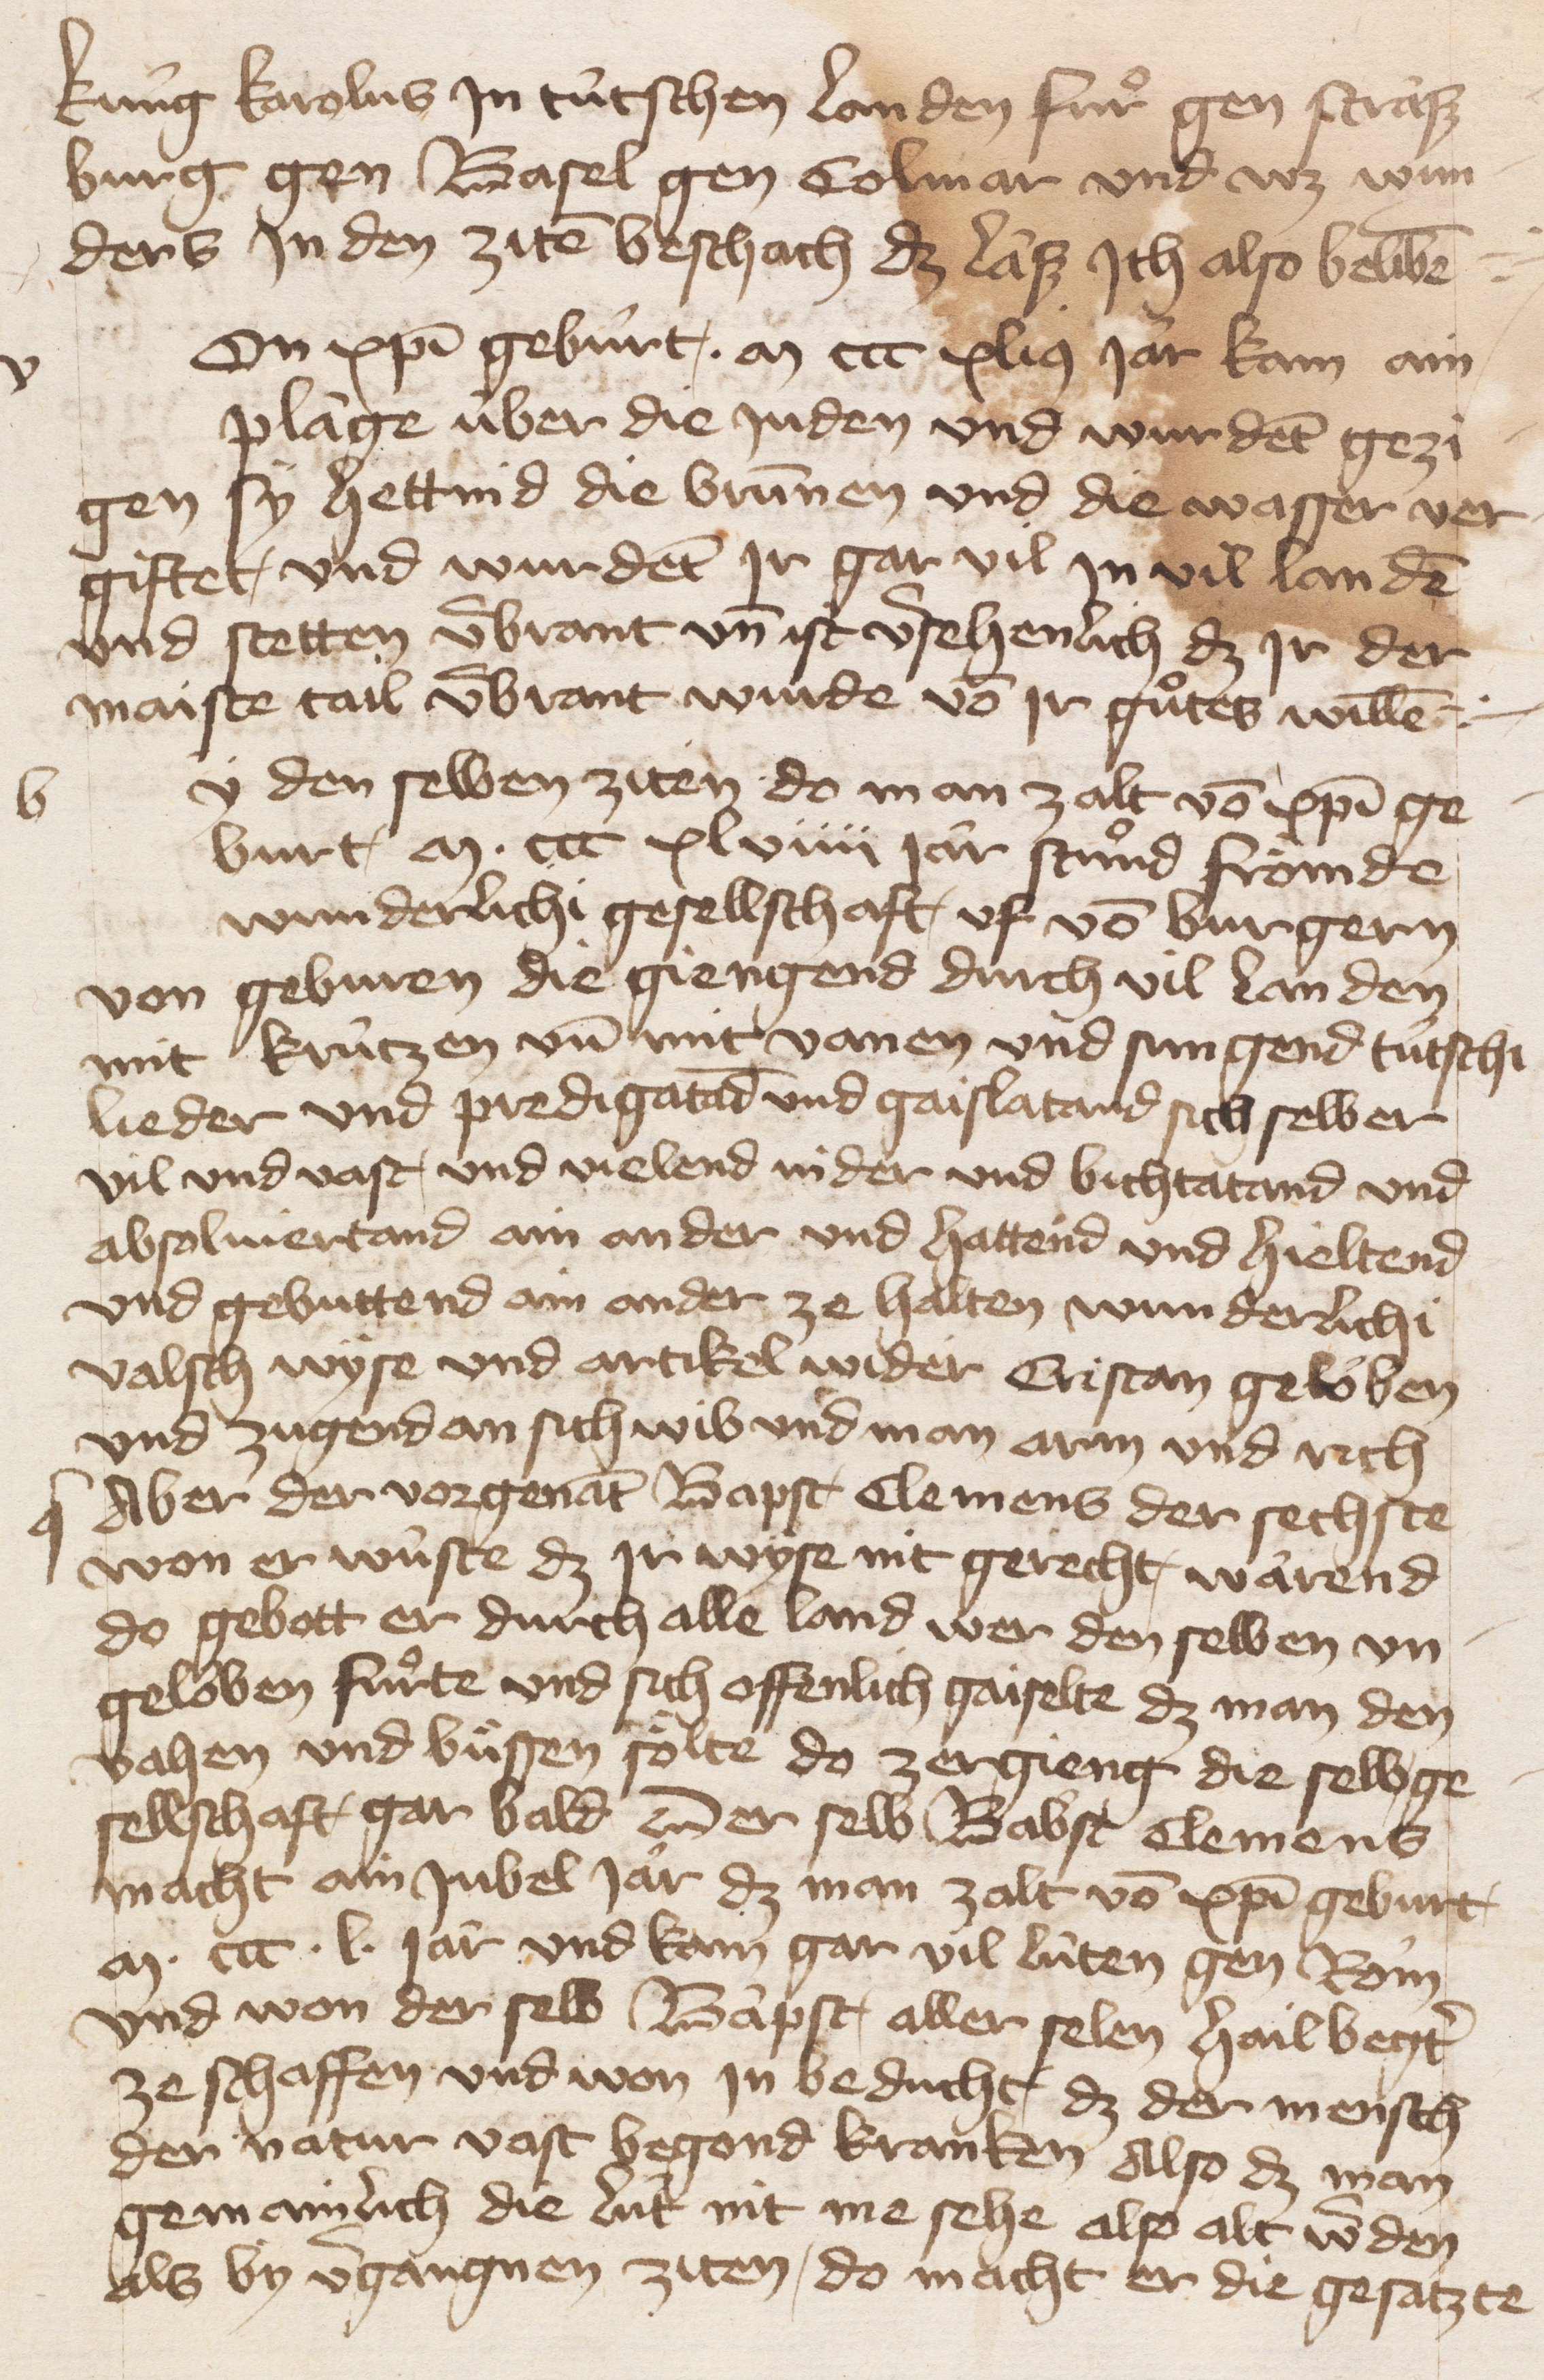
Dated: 1400–1499